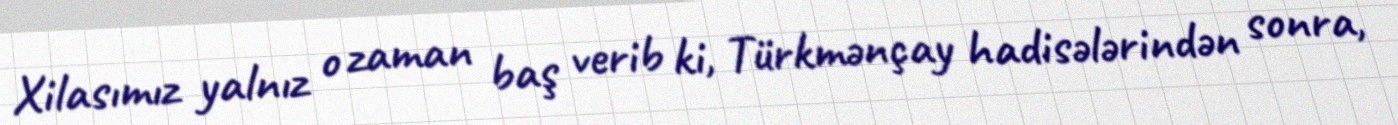
Xilasımız yalnız o zaman baş verib ki, Türkmənçay hadisələrindən sonra,